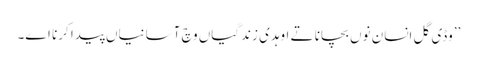
’’وڈی گل انسان نوں بچانا تے اوہدی زندگیاں وچ آسانیاں پیدا کرنا اے۔